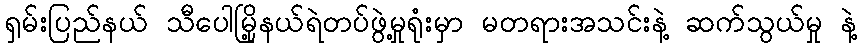
ရှမ်းပြည်နယ် သီပေါမြို့နယ်ရဲတပ်ဖွဲ့မှုရုံးမှာ မတရားအသင်းနဲ့ ဆက်သွယ်မှု နဲ့